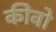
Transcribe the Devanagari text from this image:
कीवो